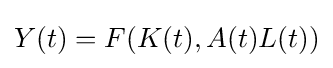
Y(t)=F(K(t),A(t)L(t))